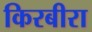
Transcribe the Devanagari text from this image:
किरबीरा